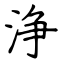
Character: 浄